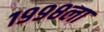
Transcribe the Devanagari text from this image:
१९९८ला